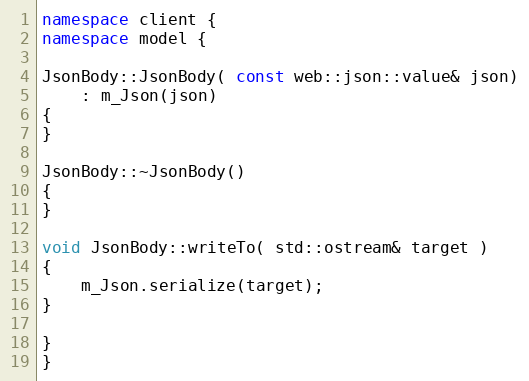
Language: C++
namespace client {
namespace model {

JsonBody::JsonBody( const web::json::value& json)
    : m_Json(json)
{
}

JsonBody::~JsonBody()
{
}

void JsonBody::writeTo( std::ostream& target )
{
    m_Json.serialize(target);
}

}
}